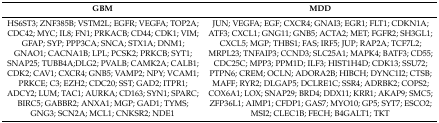
| GBM | MDD |
 | --- | --- |
 | HS6ST3; ZNF385B; VSTM2L; EGFR; VEGFA; TOP2A; CDC42; MYC; IL8; FN1; PRKACB; CD44; CDK1; VIM; GFAP; SYP; PPP3CA; SNCA; STX1A; DNM1; GNAO1; CACNA1B; LPL; PCSK2; PRKCB; SYT1; SNAP25; TUBB4A;DLG2; PVALB; CAMK2A; CALB1; CDK2; CAV1; CXCR4; GNB5; VAMP2; NPY; VCAM1; PRKCE; C3; EZH2; CDC20; SST; GAD2; ITPR1; ADCY2; LUM; TAC1; AURKA; CD163; SYN1; SPARC; BIRC5; GABBR2; ANXA1; MGP; GAD1; TYMS; GNG3; SCN2A; MCL1; CNKSR2; NDE1 | JUN; VEGFA; EGF; CXCR4; GNAI3; EGR1; FLT1; CDKN1A; ATF3; CXCL1; GNG11; GNB5; ACTA2; MET; FGFR2; SH3GL1; CXCL5; MGP; THBS1; FAS; IRF5; JUP; RAP2A; TCF7L2; MRPL23; TNFAIP3; CCND3; SLC25A1; MAPK4; BATF3; CD55; CDC25C; MPP3; PPM1D; ILF3; HIST1H4D; CDK13; SSU72; PTPN6; CREM; OCLN; ADORA2B; HIBCH; DYNC1I2; CTSB; MAFF; RYR2; DLGAP5; DCLRE1C; SSR4; ADRBK2; COPS2; COX6A1; LOX; SNAP29; BRD4; DDX11; KRR1; AKAP9; SMC5; ZFP36L1; AIMP1; CFDP1; GAS7; MYO10; GP5; SYT7; ESCO2; MSI2; CLEC1B; FECH; B4GALT1; TKT |